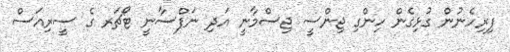
ފިރިހެނުން ގުޅިގެން ހިންގި ޖިންސީ ޖިސްމާނީ އަދި ނަފްސާނީ ޓޯޗަރ ގެ ސީރިއަސް